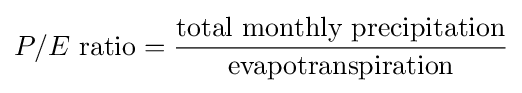
P/E{\text{ ratio}}={\frac {\text{total monthly precipitation}}{\text{evapotranspiration}}}